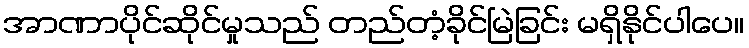
အာဏာပိုင်ဆိုင်မှုသည် တည်တံ့ခိုင်မြဲခြင်း မရှိနိုင်ပါပေ။